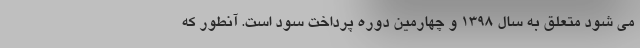
می شود متعلق به سال ۱۳۹۸ و چهارمین دوره پرداخت سود است. آنطور که